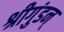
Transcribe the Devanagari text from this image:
श्रीगुंडन्